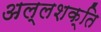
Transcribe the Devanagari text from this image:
अल्लशक्ति